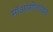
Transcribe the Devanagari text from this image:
मॉआंगोलॉयड